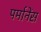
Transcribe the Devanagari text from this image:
पर्मानेंस